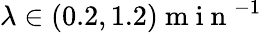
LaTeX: \lambda\in(0.2,1.2)\mathrm{~m~i~n~}^{-1}